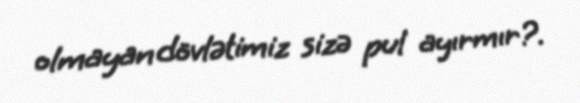
olmayan dövlətimiz sizə pul ayırmır?.